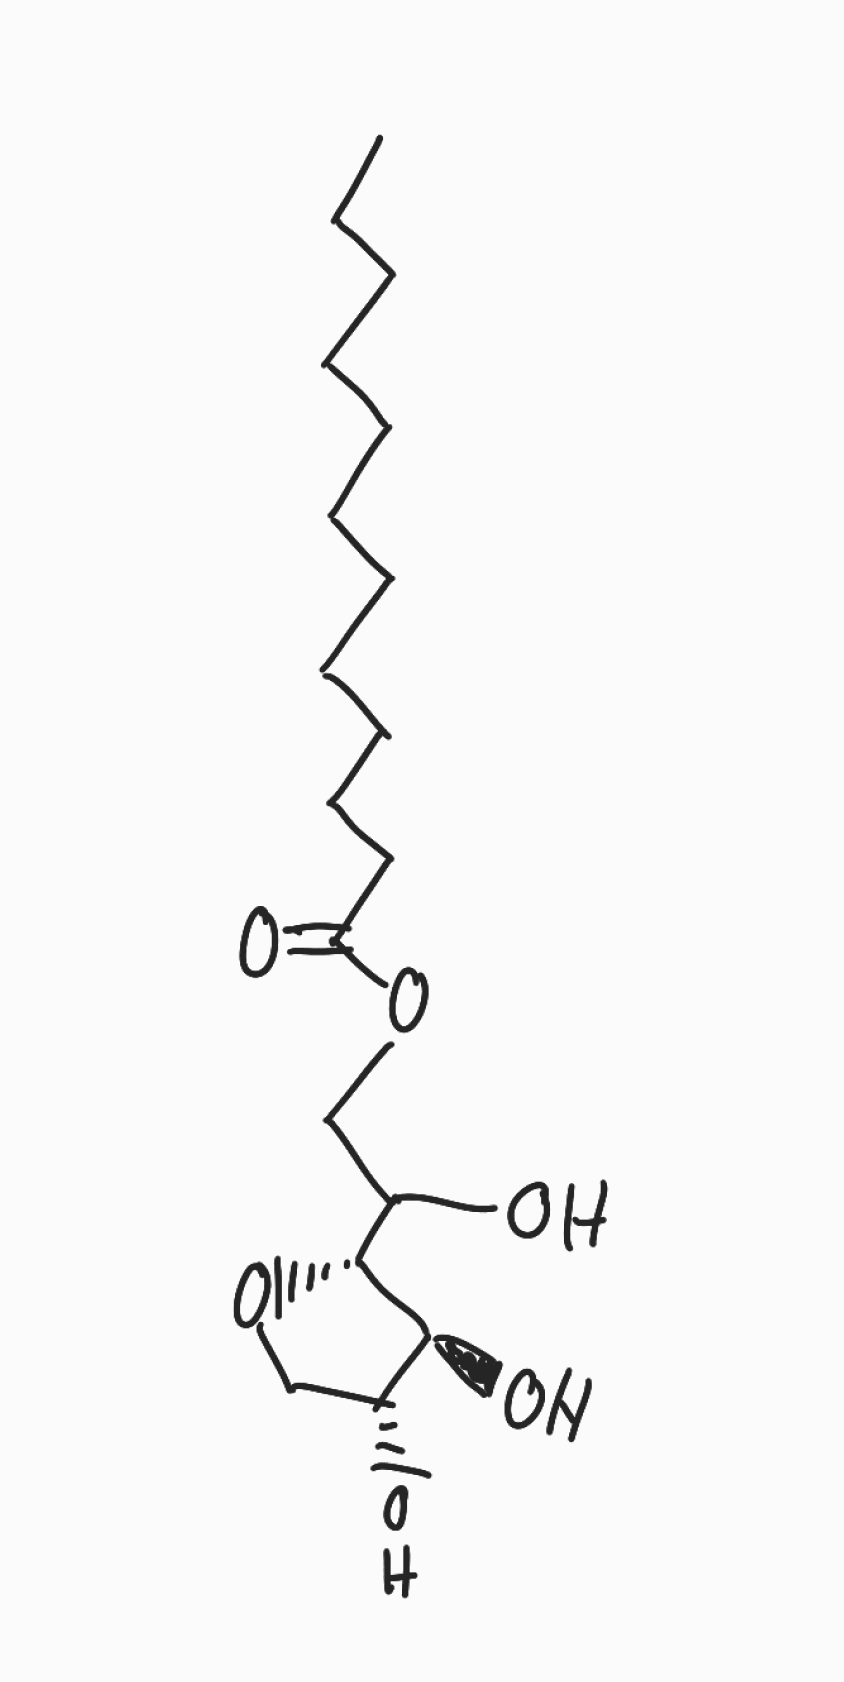
Simplified molecular-input line-entry system (SMILES) notation of the given molecule:
CCCCCCCCCCCC(=O)OCC([C@@H]1[C@H]([C@@H](CO1)O)O)O